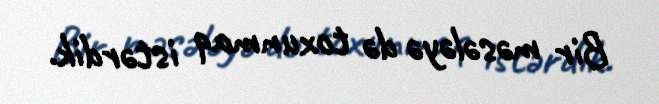
Bir məsələyə də toxunmaq istərdik.